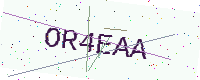
Text: OR4EAA